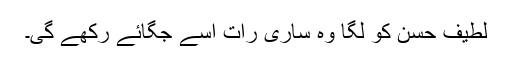
لطیف حسن کو لگا وہ ساری رات اسے جگائے رکھے گی۔